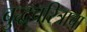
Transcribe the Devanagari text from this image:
बुद्धचरित्राचा